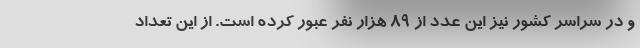
و در سراسر کشور نیز این عدد از ۸۹ هزار نفر عبور کرده است. از این تعداد